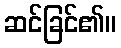
ဆင်ခြင်၏။